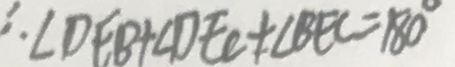
\therefore \angle D E B + \angle D E C + \angle B E C = 1 8 0 ^ { \circ }